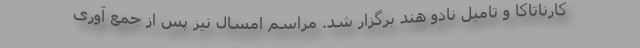
کارناتاکا و تامیل نادو هند برگزار شد. مراسم امسال نیز پس از جمع آوری